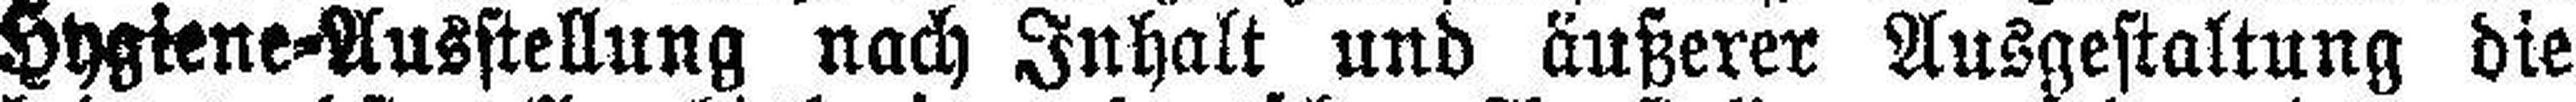
Hygiene=Ausstellung nach Inhalt und äußerer Ausgestaltung die